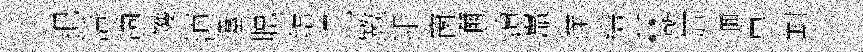
把活滴矱湏違聪鐺児斁卯窗邇凟鼉擈繕“塹禅逥㝵割